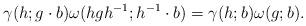
LaTeX: \begin{align*}\gamma(h;g\cdot b) \omega(hgh^{-1}; h^{-1}\cdot b)=\gamma(h;b)\omega(g;b).\end{align*}